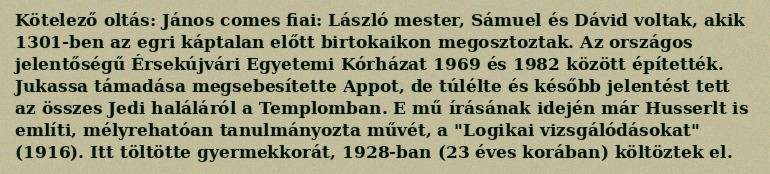
Kötelező oltás: János comes fiai: László mester, Sámuel és Dávid voltak, akik 1301-ben az egri káptalan előtt birtokaikon megosztoztak. Az országos jelentőségű Érsekújvári Egyetemi Kórházat 1969 és 1982 között építették. Jukassa támadása megsebesítette Appot, de túlélte és később jelentést tett az összes Jedi haláláról a Templomban. E mű írásának idején már Husserlt is említi, mélyrehatóan tanulmányozta művét, a "Logikai vizsgálódásokat" (1916). Itt töltötte gyermekkorát, 1928-ban (23 éves korában) költöztek el.